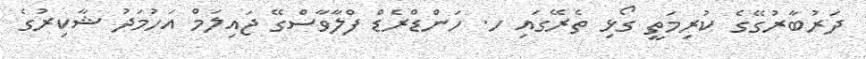
ދަރުބާރުގޭގެ ކުރިމަތީ ގޯޅި ތެރޭގައި ހ. ހަންޑްރެޑް ފްލާވާސްގޭ ޖައިލަމް އަހުމަދު ޝާކިރުގެ